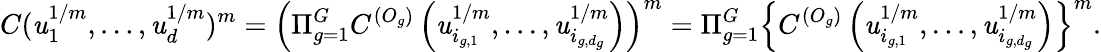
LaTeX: C(\mathit{u}_{1}^{1/m},\dots,\mathit{u}_{d}^{1/m})^{m}=\left(\Pi_{g=1}^{G}C^{(O_{g})}\left(\mathit{u}_{i_{g,1}}^{1/m},\dots,\mathit{u}_{i_{g,d_{g}}}^{1/m}\right)\right)^{m}=\Pi_{g=1}^{G}\left\{ C^{(O_{g})}\left(\mathit{u}_{i_{g,1}}^{1/m},\dots,\mathit{u}_{i_{g,d_{g}}}^{1/m}\right)\right\} ^{m}.